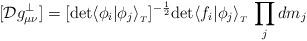
LaTeX: \begin{align*}[{\cal D}g^{\perp}_{\mu \nu}] = [{\rm det} \langle \phi_i \vert \phi_j\rangle_{_T}]^{-{\frac{1}{2}}}{\rm det} \langle f_i\vert\phi_j\rangle_{_T}\, \prod_j dm_j\end{align*}